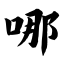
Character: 哪